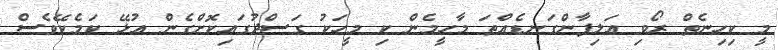
މީ ކިހިނެތް ރޯވި އަލިފާންގަނޑެއްތަ މާހީމެން ކި މީހަކު ގަސްދުގައިކޮށްގެން އުޅޭ ކަމެކޭވެސް